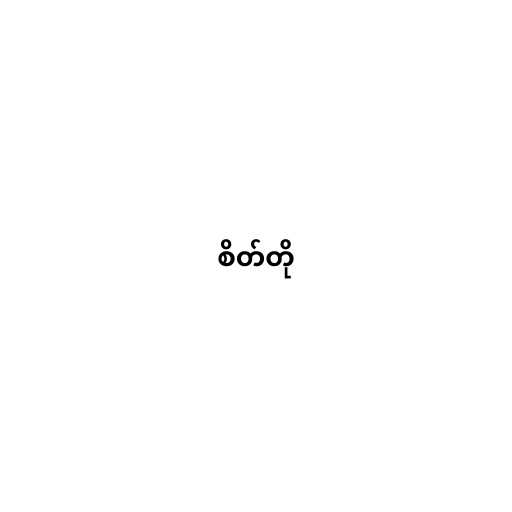
စိတ်တို